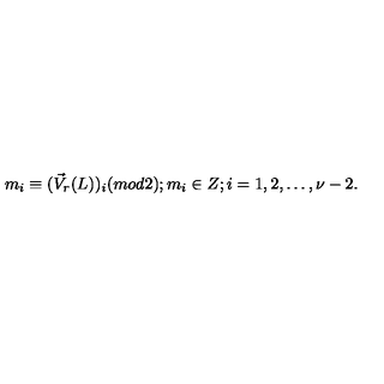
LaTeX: m _ { i } \equiv ( \vec { V } _ { r } ( L ) ) _ { i } ( m o d 2 ) ; m _ { i } \in Z ; i = 1 , 2 , \ldots , \nu - 2 .